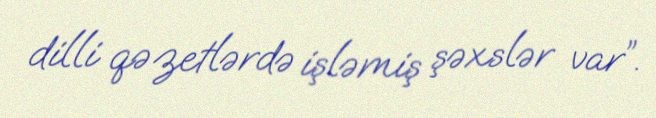
dilli qəzetlərdə işləmiş şəxslər var”.